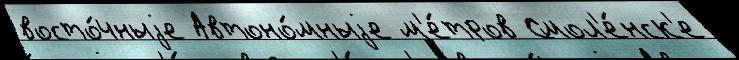
восто́чныjе Автоно́мныjе м'е́тров Смол'е́нск'е